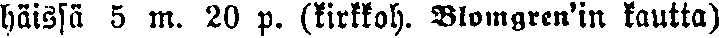
häissä 5 m. 20 p. (kirkkoh. Blomgren'in kautta)